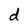
Character: d